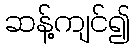
ဆန့်ကျင်၍